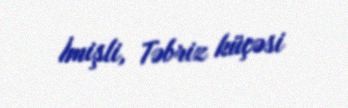
İmişli, Təbriz küçəsi